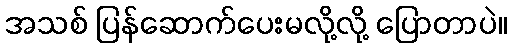
အသစ် ပြန်ဆောက်ပေးမလို့လို့ ပြောတာပဲ။